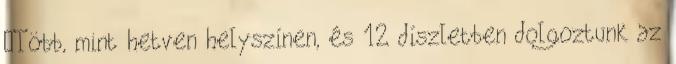
„Több, mint hetven helyszínen, és 12 díszletben dolgoztunk az